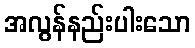
အလွန်နည်းပါးသော